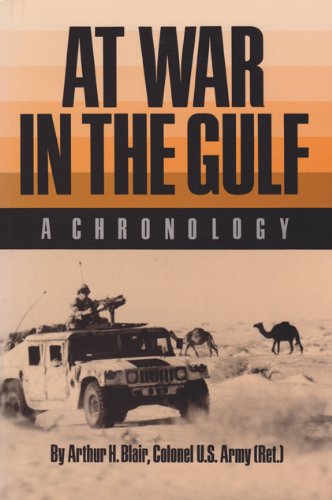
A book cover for At War in the Gulf: A Chronology (Carolyn and Ernest Fay Series in); Arthur H. Blair; History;